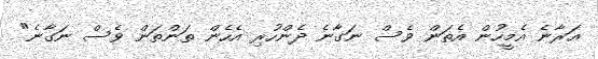
އަރާނެ އެމީހުން އެތަން ވެސް ނަގާނެ ދެންހުރި އެހެން ތަންތަން ވެސް ނަގާނެ"